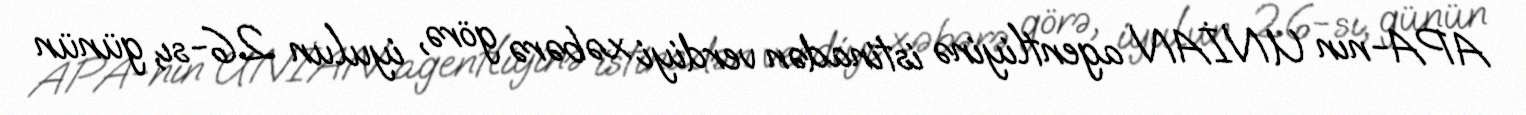
APA-nın UNİAN agentliyinə istinadən verdiyi xəbərə görə, iyulun 26-sı, günün